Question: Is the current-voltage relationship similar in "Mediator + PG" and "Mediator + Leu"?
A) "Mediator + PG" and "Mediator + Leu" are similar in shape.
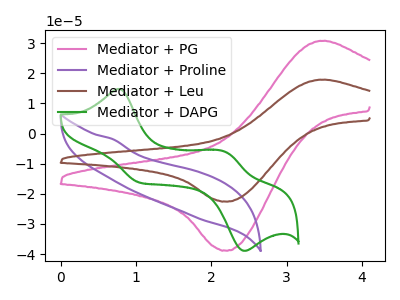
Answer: <think>The pink curve "Mediator + PG" has an anodic peak at (3.45V, 30.75uA) and a cathodic peak at (2.20V, -38.85uA). The purple curve "Mediator + Proline" has no peaks. The brown curve "Mediator + Leu" has an anodic peak at (3.45V, 17.85uA) and a cathodic peak at (2.20V, -22.55uA). The green curve "Mediator + DAPG" has anodic peaks at (0.75V, 14.80uA) (2.20V, -6.10uA) and cathodic peaks at (1.05V, -16.25uA) (2.45V, -38.90uA).
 All the peaks in "Mediator + PG" have a peak in "Mediator + Leu" at the same potential. Every peak in "Mediator + PG" is higher than every peak in "Mediator + Leu".</think>
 <answer>A) "Mediator + PG" and "Mediator + Leu" are similar in shape.</answer>
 <eval>A</eval>